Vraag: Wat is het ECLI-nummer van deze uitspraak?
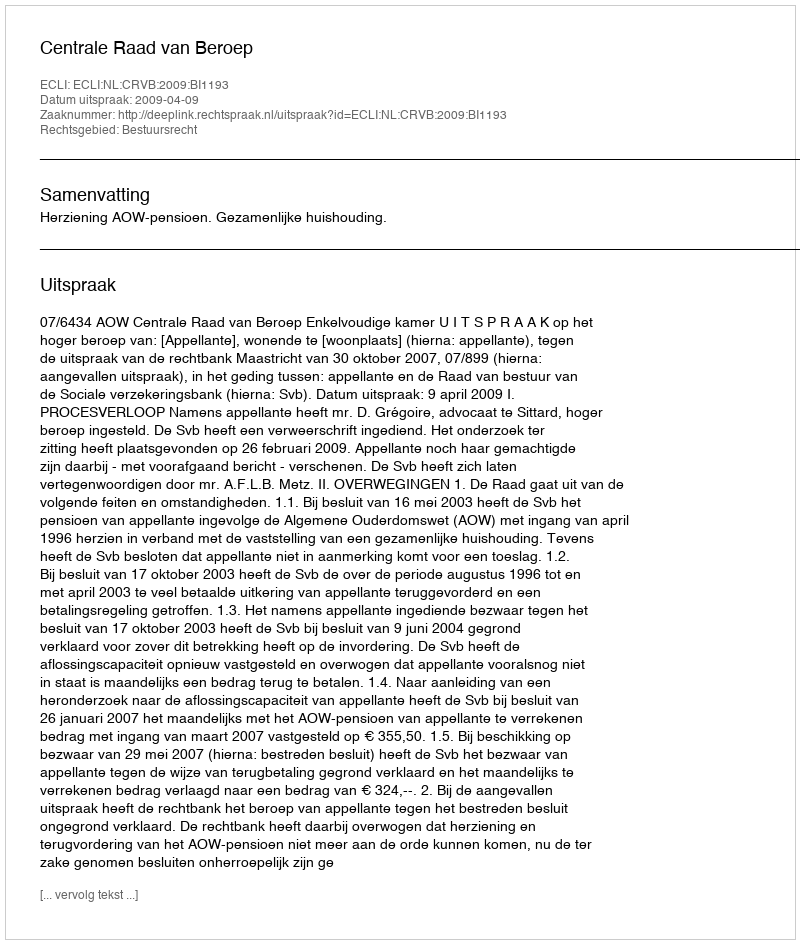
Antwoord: ECLI:NL:CRVB:2009:BI1193